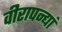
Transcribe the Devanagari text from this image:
वीरापन्द्यां